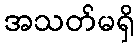
အသတ်မရှိ